Vaccination in the Punjab 1905-1918 - 1905-1918
Year: 1905
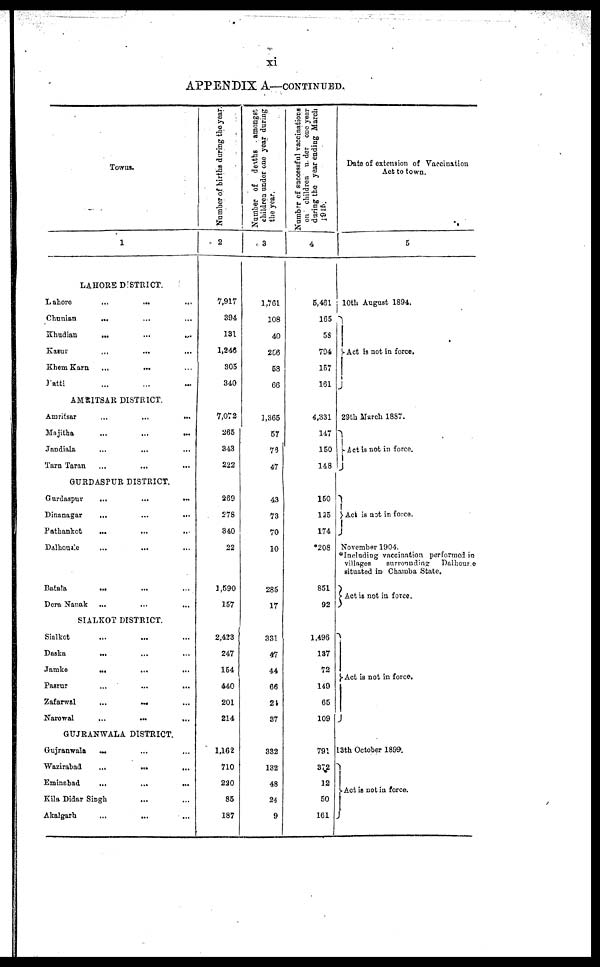
xi
APPENDIX A—CONTINUED.
Towns.
1
LAHORE DISTRICT.
Lahore
...
...
...
Chunian
... ... ...
Khudian
...
...
...
Kasur ... ... ...
Khem Karn ... ... ...
Patti ... ... ...
AMRITSAR DISTRICT.
Amritsar
...
...
...
Majitha
...
...
...
Jandiala ... ... ...
Tarn Taran ... ... ...
GURDASPUR DISTRICT.
Gurdaspur
...
...
...
Dinanagar
...
...
...
Pathankot
...
...
...
Dalhousie ... ... ...
Batala
... ... ...
Dera Nanak ... ... ...
SIALKOT DISTRICT.
Sialkot ... ... ...
Daska
... ... ...
Jamke
......
...
Pasrur
...
...
...
Zafarwal
...
...
...
Narowal ... ... ...
GUJRANWALA DISTRICT.
Gujranwala ... ... ...
Wazirabad
...
...
...
Eminabad
...
...
...
Kila Didar Singh ... ... ...
Akalgarh
...
... ...
Number of births during the year.
2
7,917
394
131
1,246
305
340
7,072
265
343
222
269
278
340
22
1,590
157
2,423
247
154
440
201
214
1,162
710
220
85
187
Number of deaths amongst
children under one year during
the year.
3
1,761
108
40
256
58
66
1,365
57
76
47
43
73
70
10
285
17
331
47
44
66
24
37
332
132
48
24
9
Number of successful vaccinations
on children under one year
during the year ending March
1915.
4
5,461
165
53
794
157
161
4,331
147
150
148
150
125
174
*208
851
92
1,496
137
72
149
65
109
791
372
12
50
161
Date of extension of Vaccination
Act to town.
5
10th August 1894.
Act is not in force.
29th March 1887.
Act is not in force.
Act is not in force.
November 1904.
*Including vaccination performed in
villages
surrounding
Dalhousie
situated in Chamba State.
Act is not in force.
Act is not in force.
13th October 1899.
Act is not in force.